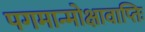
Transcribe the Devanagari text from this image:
पगमान्मोक्षावाप्तिः